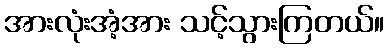
အားလုံးအံ့အား သင့်သွားကြတယ်။